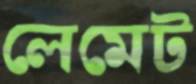
লেমেট